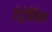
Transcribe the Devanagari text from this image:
इंट्रोनिक